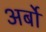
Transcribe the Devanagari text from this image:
अर्बों